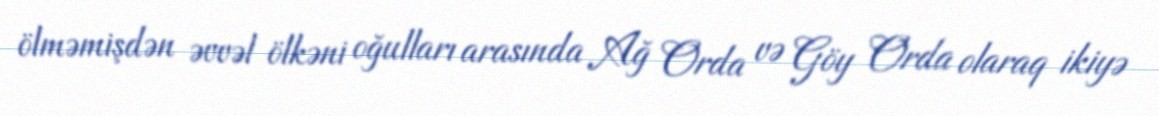
ölməmişdən əvvəl ölkəni oğulları arasında Ağ Orda və Göy Orda olaraq ikiyə